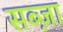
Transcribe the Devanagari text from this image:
सब्ज़ा